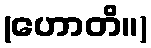
(ဟောတိ။)